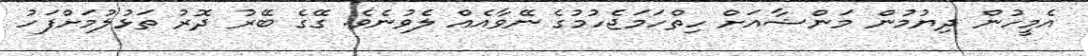
އެމީހުން ދިޔުމުން މަންޝާއަށް ހިތްހަމަޖެހުމުގެ ނޭވާއެއް ލެވުނެވެ. ގޭގެ ބޭރު ދޮރު ތަޅުލުމަށްފަހު